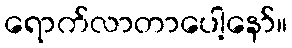
ရောက်လာတာပေါ့နော်။